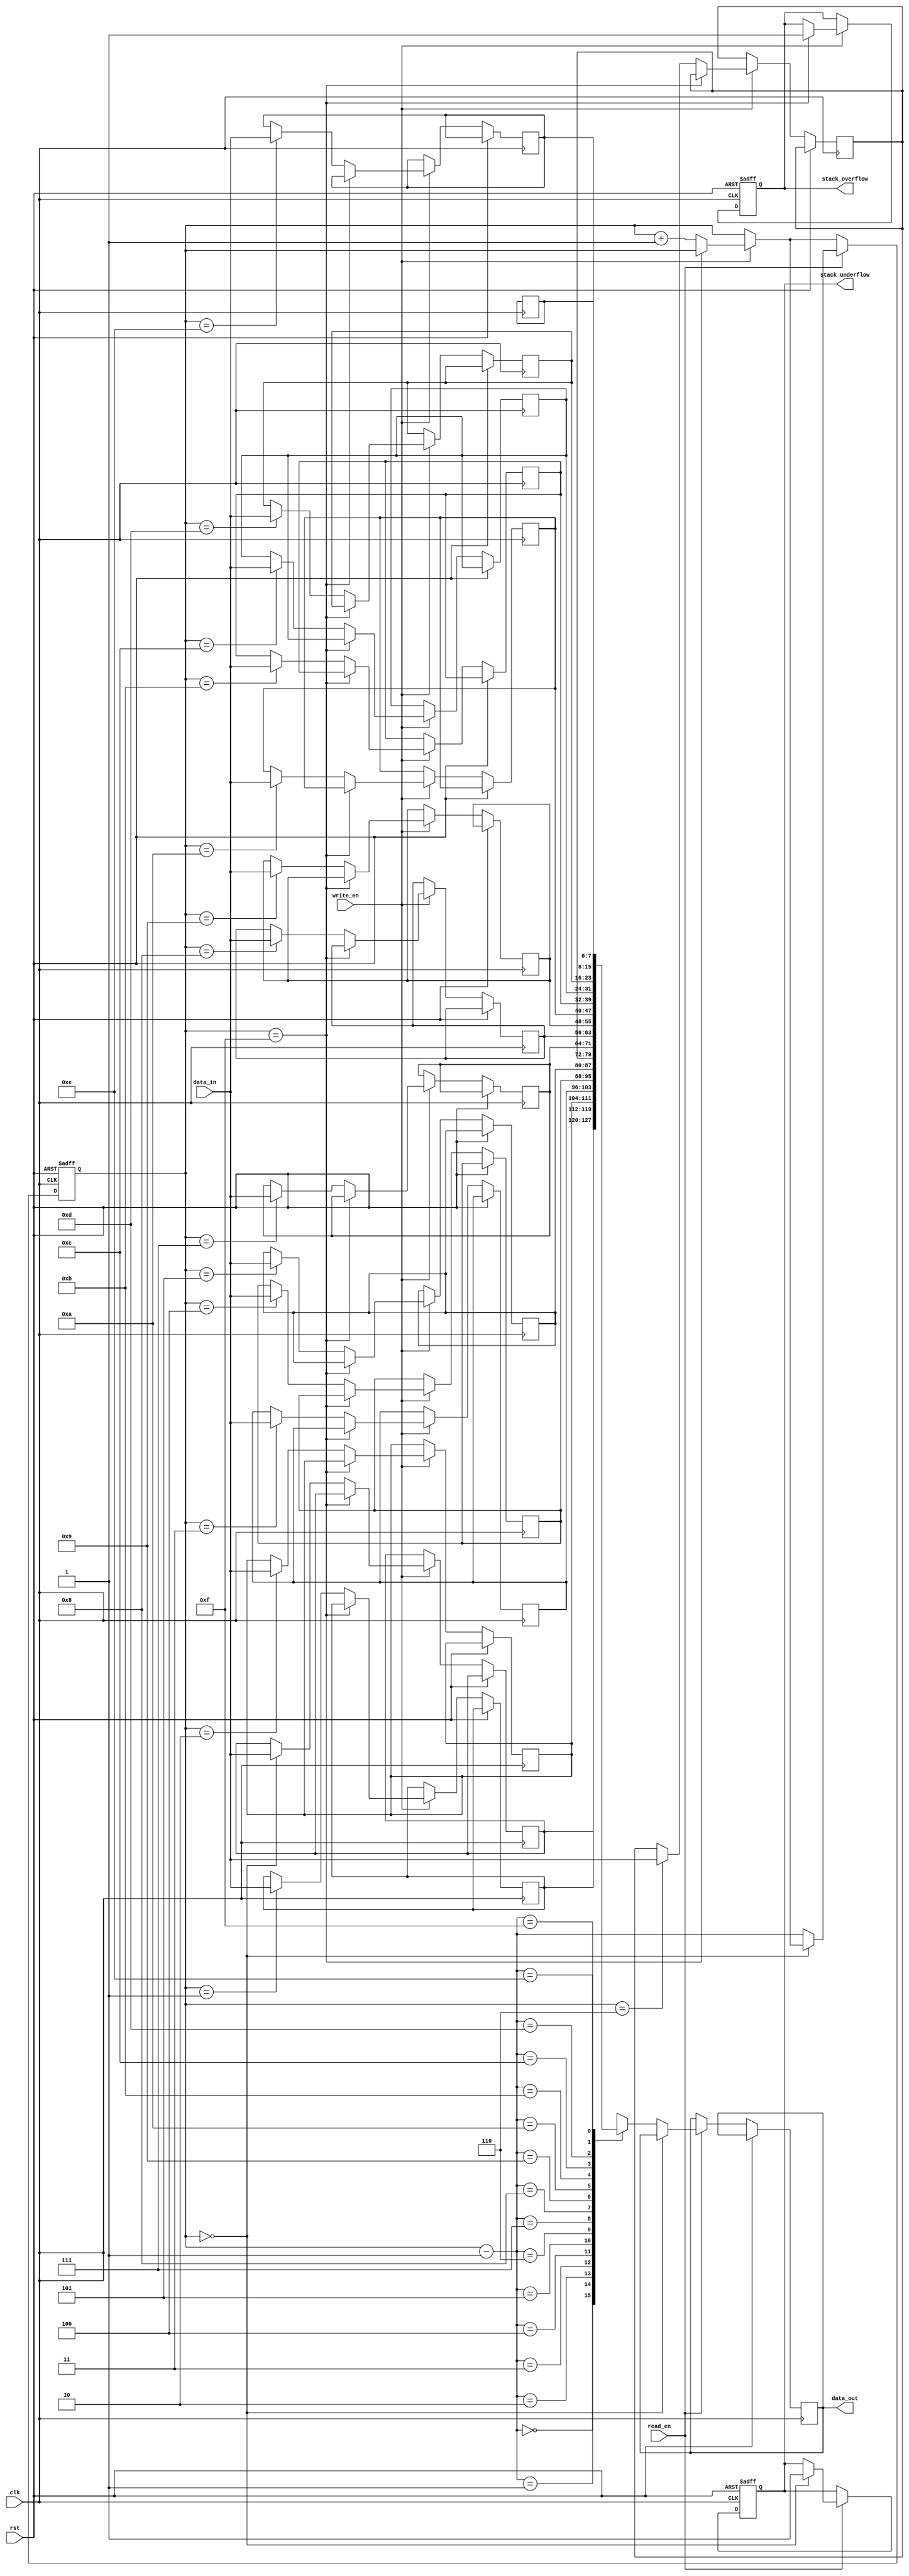
module MemoryBlocksStack (
    input wire clk,
    input wire rst,
    input wire write_en,
    input wire read_en,
    input wire [7:0] data_in,
    output wire [7:0] data_out,
    output wire stack_overflow,
    output wire stack_underflow
);

reg [7:0] stack[0:15];
reg [3:0] stack_pointer;

always @ (posedge clk or posedge rst) begin
    if (rst) begin
        stack_pointer <= 4'b0000;
        stack_overflow <= 1'b0;
        stack_underflow <= 1'b0;
    end else begin
        if (write_en) begin
            if (stack_pointer == 4'b1111) begin
                stack_overflow <= 1'b1;
            end else begin
                stack[stack_pointer] <= data_in;
                stack_pointer <= stack_pointer + 1;
            end
        end
        
        if (read_en) begin
            if (stack_pointer == 4'b0000) begin
                stack_underflow <= 1'b1;
            end else begin
                data_out <= stack[stack_pointer - 1];
                stack_pointer <= stack_pointer - 1;
            end
        end
    end
end

endmodule